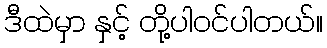
ဒီထဲမှာ နှင့် တို့ပါဝင်ပါတယ်။